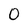
Character: 0